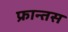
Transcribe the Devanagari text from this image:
फ्रान्तस